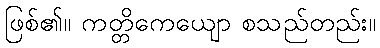
ဖြစ်၏။ ကတ္တိကေယျော စသည်တည်း။